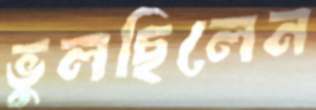
ভুলছিলেন